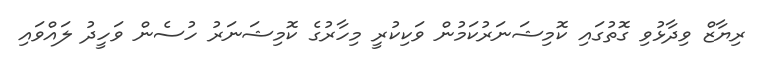
ރިޔާޒް ވިދާޅުވި ގޮތުގައި ކޮމިޝަނަރުކަމުން ވަކިކުރީ މިހާރުގެ ކޮމިޝަނަރު ހުސެން ވަހީދު ލައްވައި